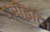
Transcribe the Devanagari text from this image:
पेरीडॉट।